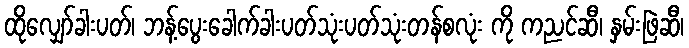
ထိုလျှော်ခါးပတ်၊ ဘန့်ပွေးခေါက်ခါးပတ်သုံးပတ်သုံးတန်စလုံး ကို ကညင်ဆီ၊ နှမ်းဖြဲဆီ၊